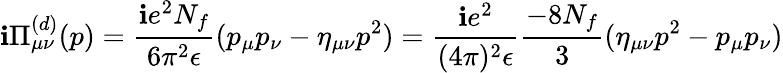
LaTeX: \mathbf{i}\Pi_{\mu\nu}^{(d)}(p)=\frac{{\mathbf{i}e^{2}N_{f}}}{{6\pi^{2}\epsilon}}(p_{\mu}p_{\nu}-\eta_{\mu\nu}p^{2})=\frac{{\mathbf{i}e^{2}}}{{(4\pi)^{2}\epsilon}}\frac{{-8N_{f}}}{{3}}(\eta_{\mu\nu}p^{2}-p_{\mu}p_{\nu})